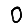
Digit: 0